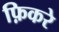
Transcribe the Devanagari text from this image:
फ़िकरे